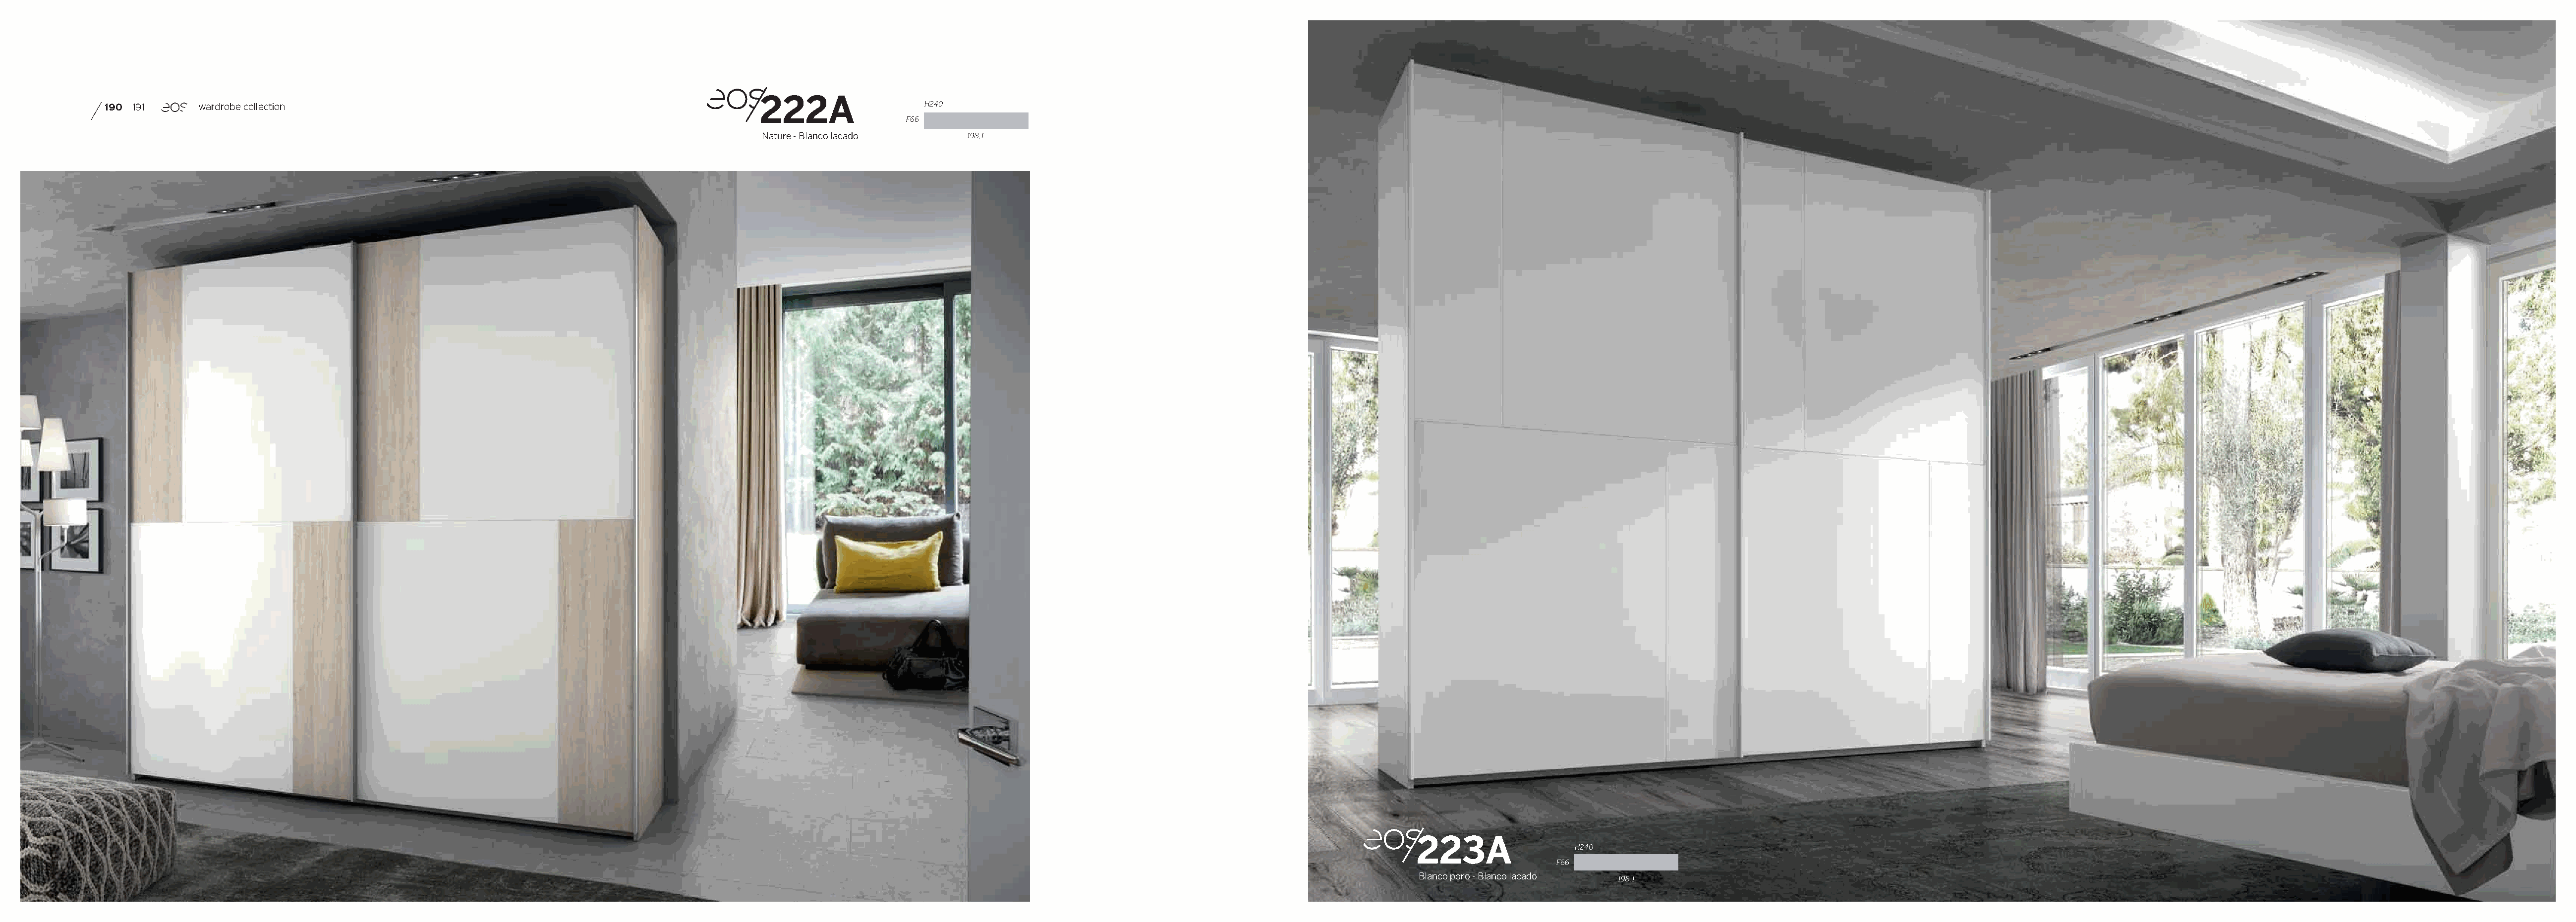
222A
 190 191      wardrobe collection                                                                             H240
 F66
 Nature - Blanco lacado     198,1
 223A
 H240
 F66
 Blanco poro - Blanco lacado
 198,1